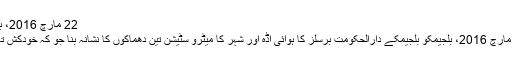
22 مارچ 2016، بلجیم
22 مارچ 2016، بلجیمکو بلجیمکے دارالحکومت برسلز کا ہوائی اڈہ اور شہر کا میٹرو سٹیشن تین دھماکوں کا نشانہ بنا جو کہ خودکش تھے۔